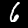
Digit: 6